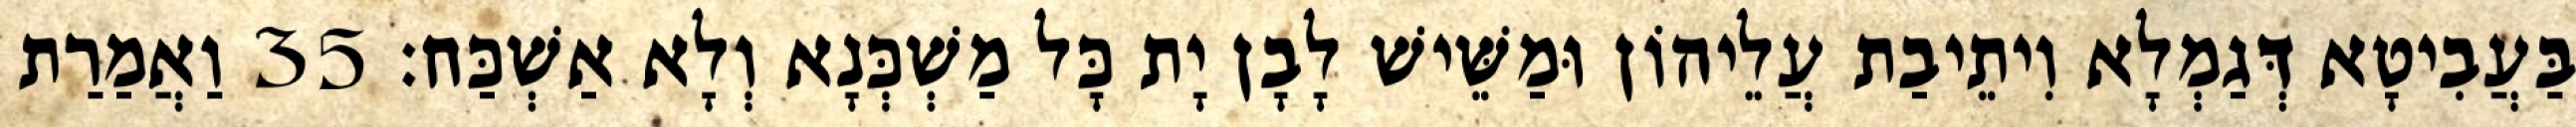
בַּעֲבִיטָא דְּגַמְלָא וִיתֵיבַת עֲלֵיהוֹן וּמַשֵּׁישׁ לָבָן יָת כָּל מַשְׁכְּנָא וְלָא אַשְׁכַּח׃ 35 וַאֲמַרַת